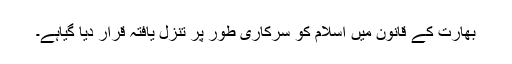
بھارت کے قانون میں اسلام کو سرکاری طور پر تنزل یافتہ قرار دیا گیاہے۔